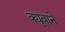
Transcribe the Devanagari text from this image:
क्यूबाने